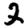
Digit: 2